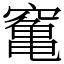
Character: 䆴